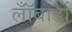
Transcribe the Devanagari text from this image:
लॉँबार्डो